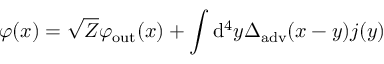
\varphi ( x ) = { \sqrt { Z } } \varphi _ { \mathrm { o u t } } ( x ) + \int \mathrm { d } ^ { 4 } y \Delta _ { \mathrm { a d v } } ( x - y ) j ( y )